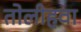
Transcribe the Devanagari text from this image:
तोलीहवा